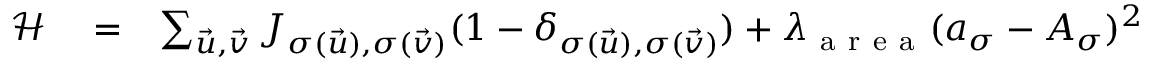
\begin{array} { r l r } { \mathcal { H } } & { { } = } & { \sum _ { \vec { u } , \vec { v } } J _ { \sigma ( \vec { u } ) , \sigma ( \vec { v } ) } ( 1 - \delta _ { \sigma ( \vec { u } ) , \sigma ( \vec { v } ) } ) + \lambda _ { \mathrm { ~ a ~ r ~ e ~ a ~ } } ( a _ { \sigma } - A _ { \sigma } ) ^ { 2 } } \end{array}